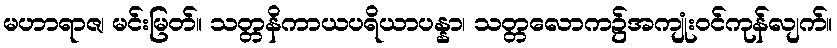
မဟာရာဇ၊ မင်းမြတ်။ သတ္တနိကာယပရိယာပန္နာ၊ သတ္တလောက၌အကျုံးဝင်ကုန်လျက်။